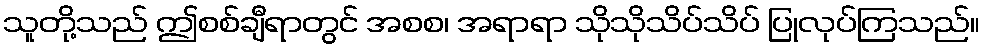
သူတို့သည် ဤစစ်ချီရာတွင် အစစ၊ အရာရာ သိုသိုသိပ်သိပ် ပြုလုပ်ကြသည်။